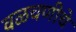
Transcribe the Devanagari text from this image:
वळचणीचे